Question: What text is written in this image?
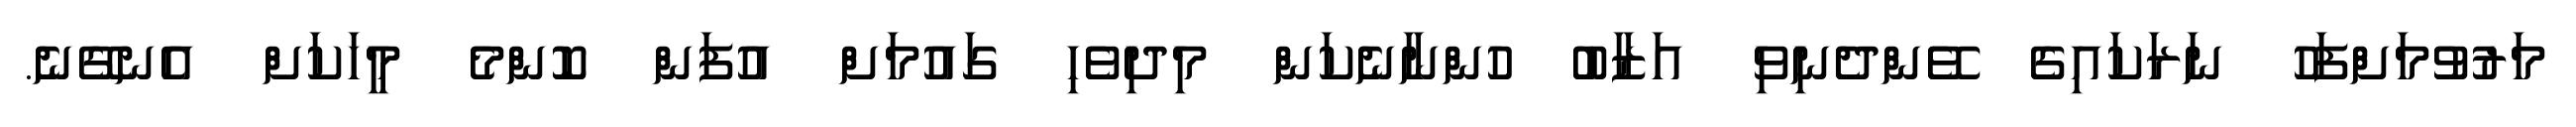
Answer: މަރުވުމަށްފަހު ނަރަކައިގެ ވޭންދެނިވި އަޒާބު ހުންނާނެކަން މިދިވެހި ގައުމަށް އުފަން ކޮންމެ މީހަކަށް އެނގޭނެ.